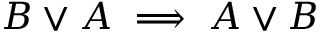
B \lor A \implies A \lor B